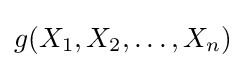
g(X_{1},X_{2},\dots ,X_{n})